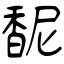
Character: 馜